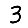
Digit: 3